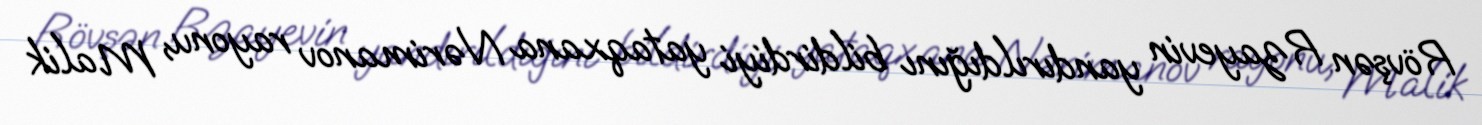
Rövşən Rzayevin yandırıldığını bildirdiyi yataqxana Nərimanov rayonu, Malik